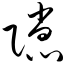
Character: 隙